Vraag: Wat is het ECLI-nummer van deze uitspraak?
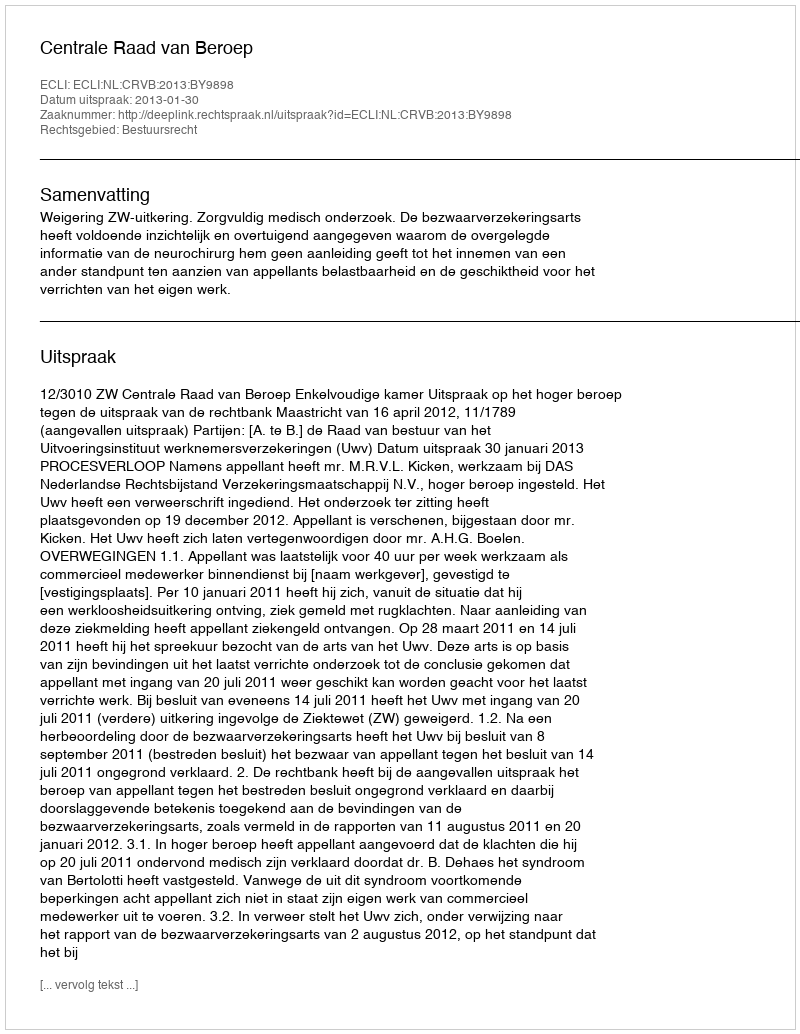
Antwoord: ECLI:NL:CRVB:2013:BY9898